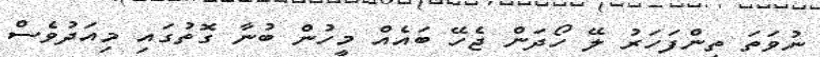
ނުވަތަ ތިންފަހަރު ލޭ ހޯދަން ޖެހޭ ބައެއް މީހުން ބުނާ ގޮތުގައި މިއަދުވެސް